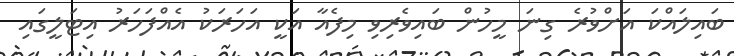
ބައިލައްކަ އަށްވުރެ ގިނަ މީހުން ބައިވެރިވި މިފެއާ އަކީ އަހަރަކު އެއްފަހަރު އިޓަލީގައި